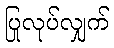
ပြုလုပ်လျှက်